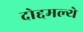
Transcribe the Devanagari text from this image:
दोद्दमल्थे